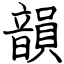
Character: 韻